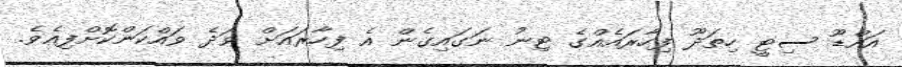
އައްޑޫ ސިޓީ ހިތަދޫ ފިހާރައެއްގެ ޓިނު ނަގައިގެން އެ ފިހާރައަށް ވަދެ ވައްކަންކޮށްފިއެެވެ.